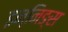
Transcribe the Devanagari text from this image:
इन्निङ्स